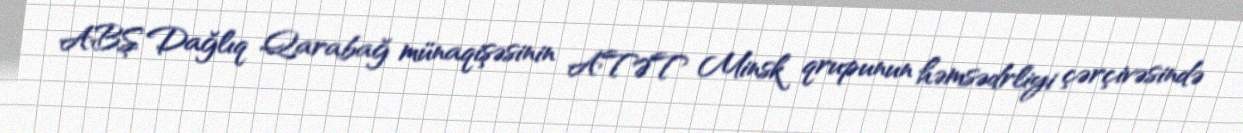
ABŞ Dağlıq Qarabağ münaqişəsinin ATƏT Minsk qrupunun həmsədrliyi çərçivəsində